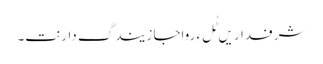
شرفداریں ٹُل ءِ رواجا زیندگ دارنت۔